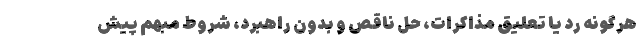
هرگونه ردّ یا تعلیقِ مذاکرات، حلِّ ناقص و بدون راهبرد، شروط مبهم پیش